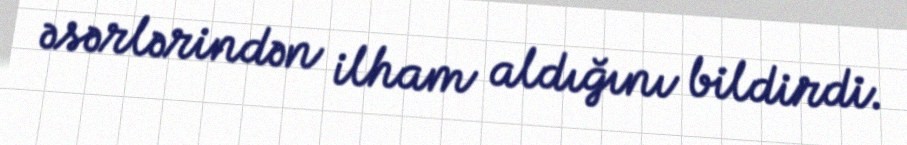
əsərlərindən ilham aldığını bildirdi.